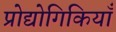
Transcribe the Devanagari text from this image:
प्रोद्योगिकियाँ